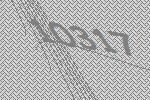
10317